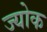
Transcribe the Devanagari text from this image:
ज्योक